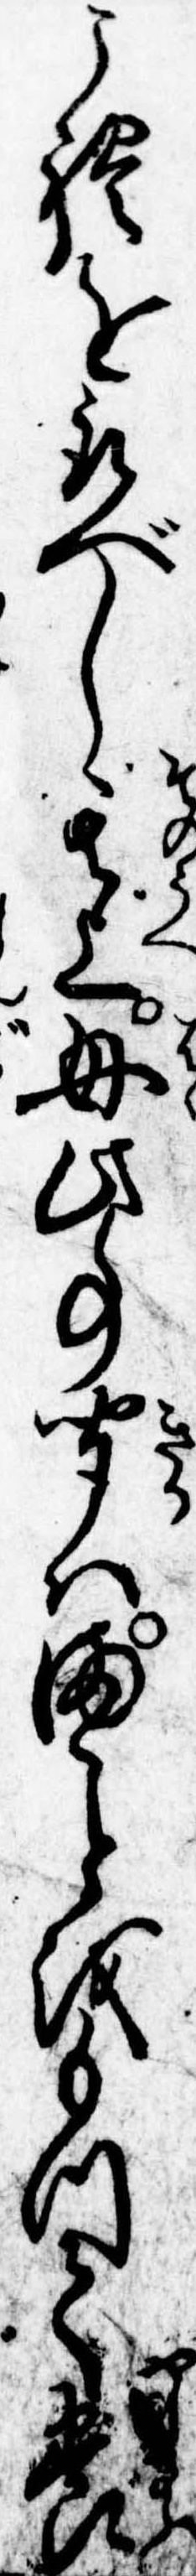
これを取べし其上母此事聞はまをもつて養